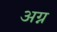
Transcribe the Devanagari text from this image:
अग्न